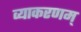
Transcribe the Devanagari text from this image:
व्याकरणम्